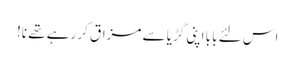
اس لئے بابا اپنی گڑیا سے مزاق کر رہے تھے نا!